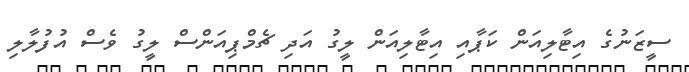
ސީޒަނުގެ އިޓާލިއަން ކަޕާއި އިޓާލިއަން ލީގު އަދި ޗެމްޕިއަންސް ލީގު ވެސް އުފުލާލި